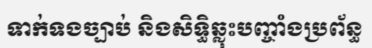
ទាក់ទងច្បាប់ និងសិទ្ធិឆ្លុះបញ្ចាំងប្រព័ន្ធ